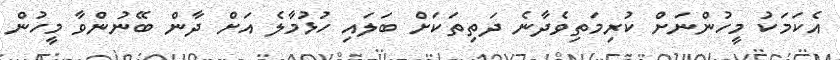
އެކަމަކު މީހުންނަށް ކުރިމަތިވެދާނެ ދަތިތަކަށް ބަލައި ހުޅުމާލެ އަށް ދާން ބޭނުންވާ މީހުން